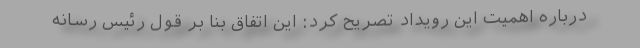
درباره اهمیت این رویداد تصریح کرد: این اتفاق بنا بر قول رئیس رسانه